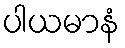
ပါယမာနံ